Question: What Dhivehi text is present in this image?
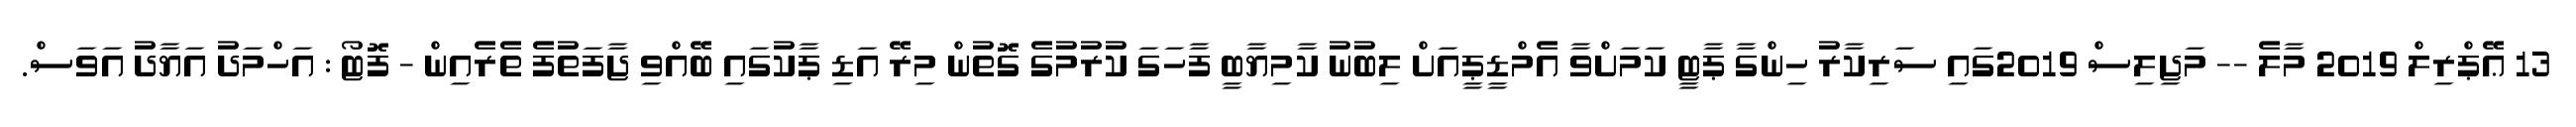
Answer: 13 ޢޭޕްރިލް 2019 މާލެ -- މަޖިލިސް 2019ގައި ސަރިކާރު ހިންގާ ޕާޓީ ކަމަށްވާ އެމްޑީޕީއަށް ލިބުނު ކާމިޔާބީ ފާހަގަ ކުރުމުގެ ގޮތުން މިރޭ އަޑި ޕާކުގައި ބޭއްވި ޖާފަތުފެ ތެރެއިން - ފޮޓޯ : އަހްމަދު އަޔާދު އަވަސް.